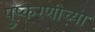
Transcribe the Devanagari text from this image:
पुष्करणीच्या